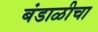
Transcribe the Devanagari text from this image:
बंडाळीचा